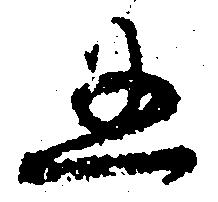
五